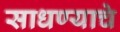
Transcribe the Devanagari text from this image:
साधण्‍याचे